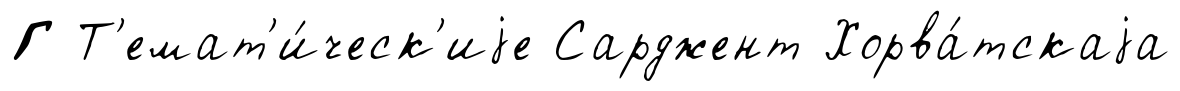
Г Т'емат'и́ческ'иjе Сарджент Хорва́тскаjа